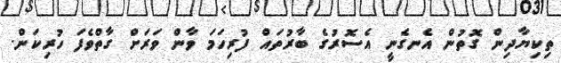
ތިކިޔާދިން ގޮތުން އެނގެނީ އެސޮރުގެ ބާރުތައް ފުރިހަމަ ވާން ވަރަށް ގާތްވެފަ ހުރިކަން.